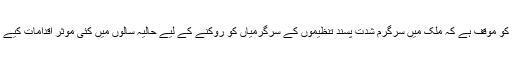
اسلام آباد کو موقف ہے کہ ملک میں سرگرم شدت پسند تنظیموں کے سرگرمیاں کو روکنے کے لیے حالیہ سالوں میں کئی موثر اقدامات کیے گئے ہیں۔